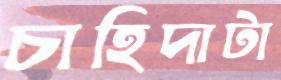
চাহিদাটা